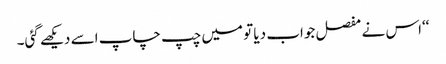
‘‘اس نے مفصل جواب دیا تو میں چپ چاپ اسے دیکھے گئی۔